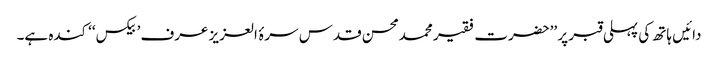
دائیں ہاتھ کی پہلی قبر پر ’’حضرت فقیر محمدمحسن قدس سرۂ العزیز عرف ’بیکس‘‘ کندہ ہے۔